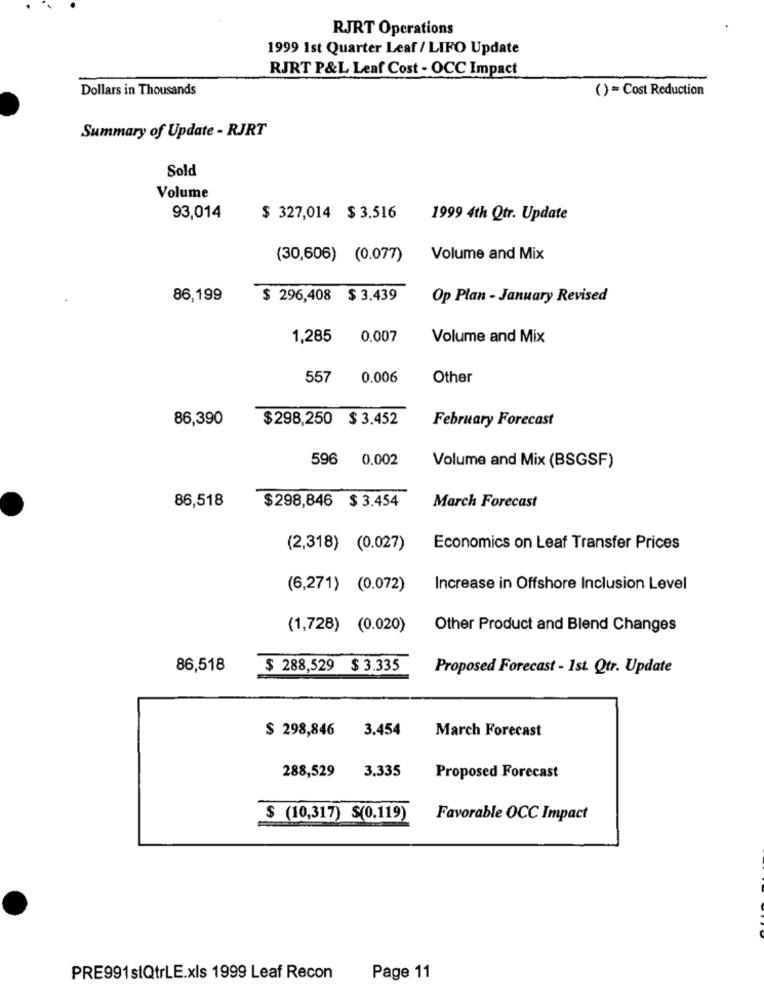
RJRT Operations
1999 1st Quarter Leaf / LIFO Update
RJRT P&L Leaf Cost - OCC Impact
Dollars in Thousands
()=Cost Reduction
Summary of Update - RJRT
Sold
Volume
93,014
$ 327,014 $ 3.516
1999 4th Qtr. Update
(30,606) (0.077)
Volume and Mix
86,199
$ 296,408 $ 3.439
Op Plan - January Revised
1,285
0.007
Volume and Mix
557
0.006
Other
86,390
$298,250 $ 3,452
February Forecast
596
0.002
Volume and Mix (BSGSF)
$298,846 $ 3.454
86,518
March Forecast
(2,318) (0.027)
Economics on Leaf Transfer Prices
(6,271) (0.072)
Increase in Offshore Inclusion Level
(1,728) (0.020)
Other Product and Blend Changes
86,518
$ 288,529 $ 3.335
Proposed Forecast - 1st. Qtr. Update
$ 298,846 3.454
March Forecast
288,529
3.335
Proposed Forecast
$ (10,317) $(0.119)
Favorable OCC Impact
PRE991stQtrLE.xls 1999 Leaf Recon
Page 11